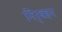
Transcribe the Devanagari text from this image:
निर्बहन